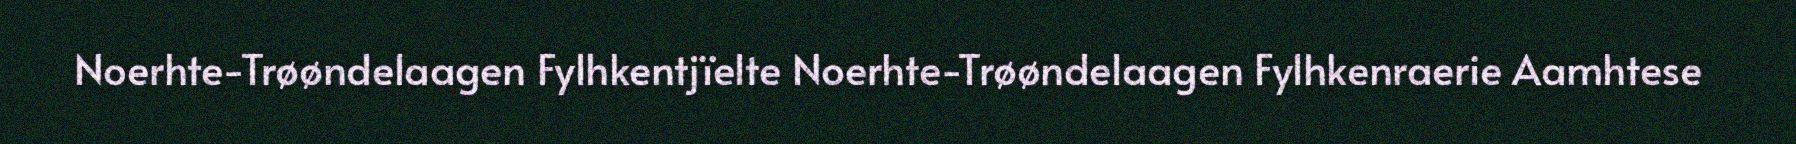
Noerhte-Trøøndelaagen Fylhkentjïelte Noerhte-Trøøndelaagen Fylhkenraerie Aamhtese